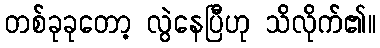
တစ်ခုခုတော့ လွဲနေပြီဟု သိလိုက်၏။